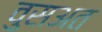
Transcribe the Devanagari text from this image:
वुसअत